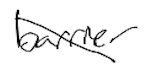
Text: barrier
Cross-out: diagonal
Writing tool: digital_black